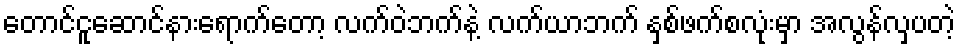
တောင်ငူဆောင်နားရောက်တော့ လက်ဝဲဘက်နဲ့ လက်ယာဘက် နှစ်ဖက်စလုံးမှာ အလွန်လှပတဲ့